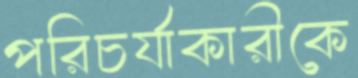
পরিচর্যাকারীকে